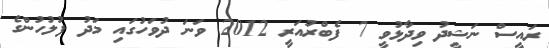
ރައީސް ނަޝީދު ވިދާޅުވީ 7 ފެބްރުއަރީ 2012 ވަނަ ދުވަހުގައި މަދު ފުލުހުންގެ